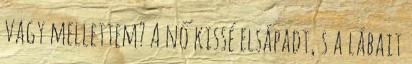
vagy mellettem? A nő kissé elsápadt, s a lábait